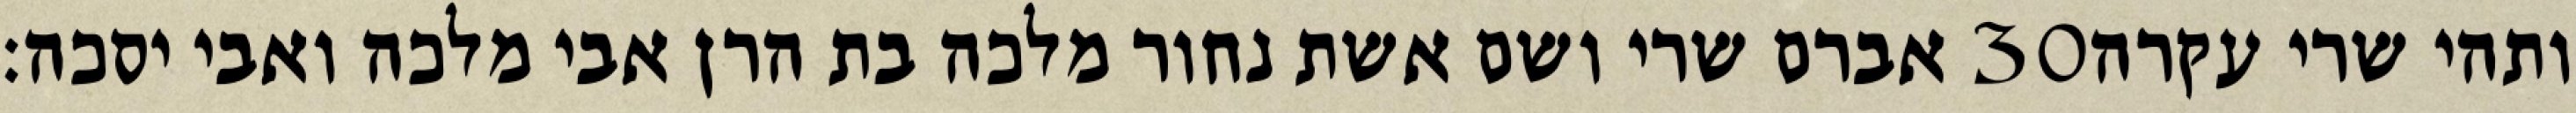
אברם שרי ושם אשת נחור מלכה בת הרן אבי מלכה ואבי יסכה׃ ‎30‏ ותהי שרי עקרה